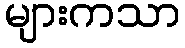
များကသာ